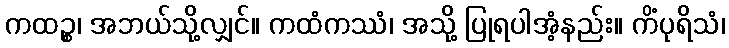
ကထဉ္စ၊ အဘယ်သို့လျှင်။ ကထံကဿံ၊ အသို့ ပြုရပါအံ့နည်း။ ကိံပုရိသံ၊